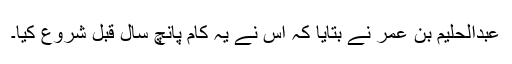
عبدالحلیم بن عمر نے بتایا کہ اس نے یہ کام پانچ سال قبل شروع کیا۔